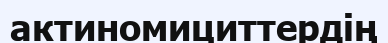
актиномициттердің